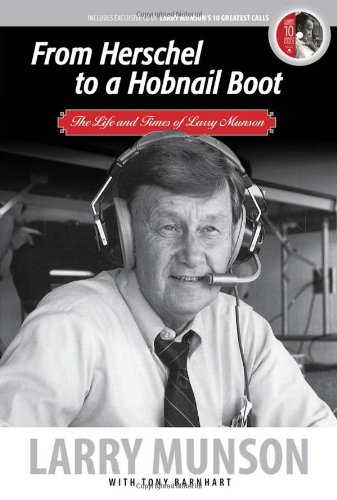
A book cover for From Herschel to a Hobnail Boot: The Life and Times of Larry Munson; Larry Munson; Humor & Entertainment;